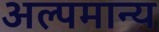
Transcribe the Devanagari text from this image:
अल्पमान्य